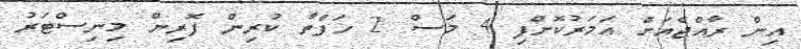
އިން ރާއްޖެއަށް އަމަރުކޮށްފި 4 މަސް 2 ހަފްތާ ކުރިން ފޮރިން މިނިސްޓަރު